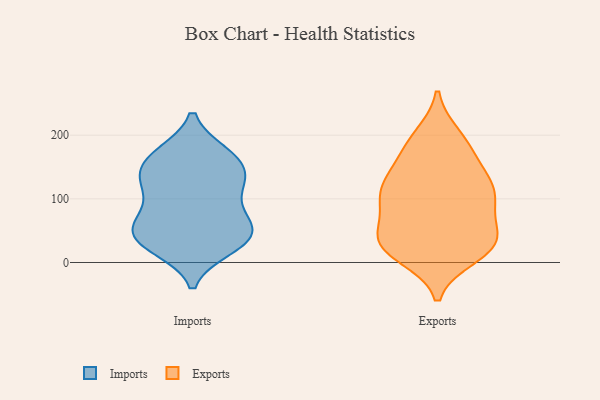
{"axis": {"x": "Satisfaction Score", "y": "Value"}, "legend": ["Exports", "Imports"], "data": [{"x": "", "y": 62, "type": "Imports"}, {"x": "", "y": 125, "type": "Imports"}, {"x": "", "y": 74, "type": "Imports"}, {"x": "", "y": 56, "type": "Imports"}, {"x": "", "y": 39, "type": "Imports"}, {"x": "", "y": 29, "type": "Imports"}, {"x": "", "y": 35, "type": "Imports"}, {"x": "", "y": 172, "type": "Imports"}, {"x": "", "y": 25, "type": "Imports"}, {"x": "", "y": 102, "type": "Imports"}, {"x": "", "y": 22, "type": "Imports"}, {"x": "", "y": 63, "type": "Imports"}, {"x": "", "y": 172, "type": "Imports"}, {"x": "", "y": 118, "type": "Imports"}, {"x": "", "y": 133, "type": "Imports"}, {"x": "", "y": 127, "type": "Imports"}, {"x": "", "y": 152, "type": "Imports"}, {"x": "", "y": 150, "type": "Imports"}, {"x": "", "y": 55, "type": "Imports"}, {"x": "", "y": 172, "type": "Imports"}, {"x": "", "y": 136, "type": "Exports"}, {"x": "", "y": 82, "type": "Exports"}, {"x": "", "y": 160, "type": "Exports"}, {"x": "", "y": 28, "type": "Exports"}, {"x": "", "y": 190, "type": "Exports"}, {"x": "", "y": 30, "type": "Exports"}, {"x": "", "y": 11, "type": "Exports"}, {"x": "", "y": 113, "type": "Exports"}, {"x": "", "y": 122, "type": "Exports"}, {"x": "", "y": 90, "type": "Exports"}, {"x": "", "y": 20, "type": "Exports"}, {"x": "", "y": 38, "type": "Exports"}, {"x": "", "y": 46, "type": "Exports"}, {"x": "", "y": 37, "type": "Exports"}, {"x": "", "y": 198, "type": "Exports"}, {"x": "", "y": 114, "type": "Exports"}, {"x": "", "y": 97, "type": "Exports"}, {"x": "", "y": 25, "type": "Exports"}, {"x": "", "y": 115, "type": "Exports"}, {"x": "", "y": 180, "type": "Exports"}]}